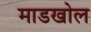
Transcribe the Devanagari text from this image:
माडखोल